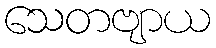
သေတဗျာယ